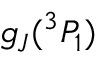
g _ { J } ( ^ { 3 } P _ { 1 } )